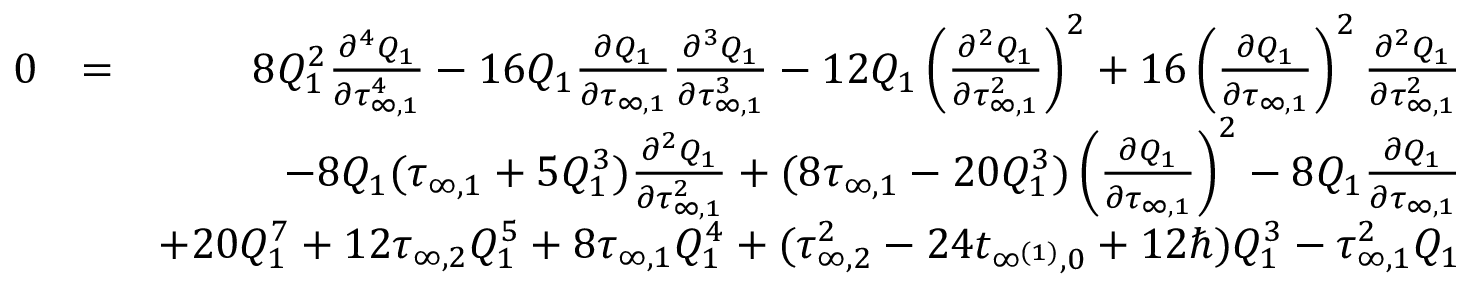
\begin{array} { r l r } { 0 } & { = } & { 8 Q _ { 1 } ^ { 2 } \frac { \partial ^ { 4 } Q _ { 1 } } { \partial \tau _ { \infty , 1 } ^ { 4 } } - 1 6 Q _ { 1 } \frac { \partial Q _ { 1 } } { \partial \tau _ { \infty , 1 } } \frac { \partial ^ { 3 } Q _ { 1 } } { \partial \tau _ { \infty , 1 } ^ { 3 } } - 1 2 Q _ { 1 } \left( \frac { \partial ^ { 2 } Q _ { 1 } } { \partial \tau _ { \infty , 1 } ^ { 2 } } \right) ^ { 2 } + 1 6 \left( \frac { \partial Q _ { 1 } } { \partial \tau _ { \infty , 1 } } \right) ^ { 2 } \frac { \partial ^ { 2 } Q _ { 1 } } { \partial \tau _ { \infty , 1 } ^ { 2 } } } \\ & { } & { - 8 Q _ { 1 } ( \tau _ { \infty , 1 } + 5 Q _ { 1 } ^ { 3 } ) \frac { \partial ^ { 2 } Q _ { 1 } } { \partial \tau _ { \infty , 1 } ^ { 2 } } + ( 8 \tau _ { \infty , 1 } - 2 0 Q _ { 1 } ^ { 3 } ) \left( \frac { \partial Q _ { 1 } } { \partial \tau _ { \infty , 1 } } \right) ^ { 2 } - 8 Q _ { 1 } \frac { \partial Q _ { 1 } } { \partial \tau _ { \infty , 1 } } } \\ & { } & { + 2 0 Q _ { 1 } ^ { 7 } + 1 2 \tau _ { \infty , 2 } Q _ { 1 } ^ { 5 } + 8 \tau _ { \infty , 1 } Q _ { 1 } ^ { 4 } + ( \tau _ { \infty , 2 } ^ { 2 } - 2 4 t _ { \infty ^ { ( 1 ) } , 0 } + 1 2 \hbar ) Q _ { 1 } ^ { 3 } - \tau _ { \infty , 1 } ^ { 2 } Q _ { 1 } } \end{array}